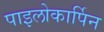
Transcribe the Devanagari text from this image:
पाइलोकार्पिन